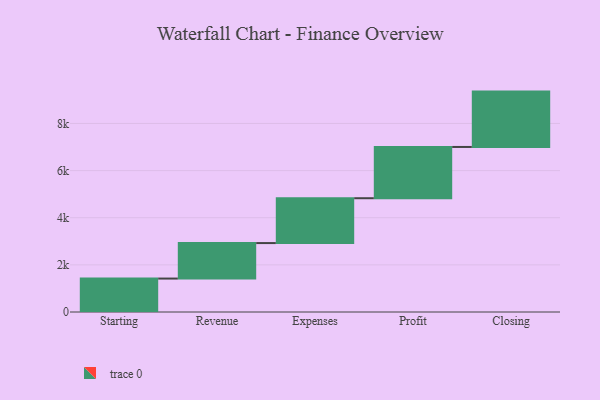
{"axis": {"x": "Step", "y": "Value"}, "legend": [""], "data": [{"x": "Starting", "y": 1419.0, "type": ""}, {"x": "Revenue", "y": 1506.0, "type": ""}, {"x": "Expenses", "y": 1903.0, "type": ""}, {"x": "Profit", "y": 2175.0, "type": ""}, {"x": "Closing", "y": 2349.0, "type": ""}]}